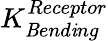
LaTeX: K_{\mathit{B}end\mathit{i}ng}^{Receptor}